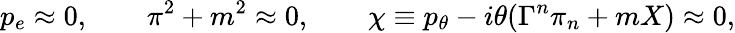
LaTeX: p_{e}\approx 0,\qquad\pi^{2}+m^{2}\approx 0,\qquad\chi\equiv p_{\theta}-i\theta(\Gamma^{n}\pi_{n}+mX)\approx 0,